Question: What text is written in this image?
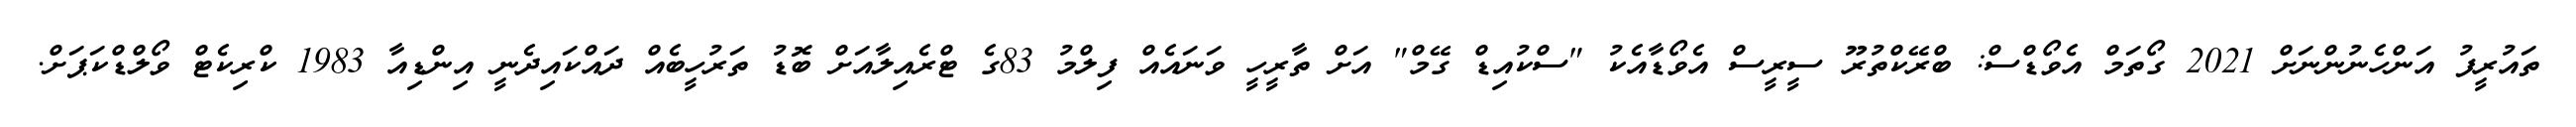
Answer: ތައުރީފު އަންހެނުންނަށް 2021 ގޯތަމް އެވޯޑްސް: ބްރޭކްތުރޫ ސީރީސް އެވޯޑާއެކު "ސްކުއިޑް ގޭމް" އަށް ތާރީހީ ވަނައެއް ފިލްމު 83ގެ ޓްރެއިލާއަށް ބޮޑު ތަރުހީބެއް ދައްކައިދެނީ އިންޑިއާ 1983 ކްރިކެޓް ވޯލްޑްކަޕަށް.